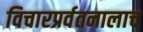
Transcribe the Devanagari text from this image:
विचारप्रर्वतनालाच